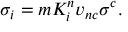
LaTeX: \sigma _ { i } = m K _ { i } ^ { n } v _ { n c } \sigma ^ { c } .